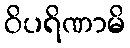
ဝိပရိဏာမိ